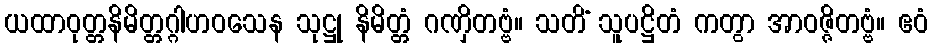
ယထာဝုတ္တနိမိတ္တဂ္ဂါဟဝသေန သုဋ္ဌု နိမိတ္တံ ဂဏှိတဗ္ဗံ။ သတိံ သူပဋ္ဌိတံ ကတွာ အာဝဇ္ဇိတဗ္ဗံ။ ဧဝံ